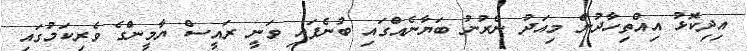
އިދިކޮޅު އިއްތިހާދުން މިއަދު ނެރުނު ބަޔާނެއްގައި ބުނެފައި ވަނީ ރައީސް ޔާމީންގެ ވެރިކަމުގައި